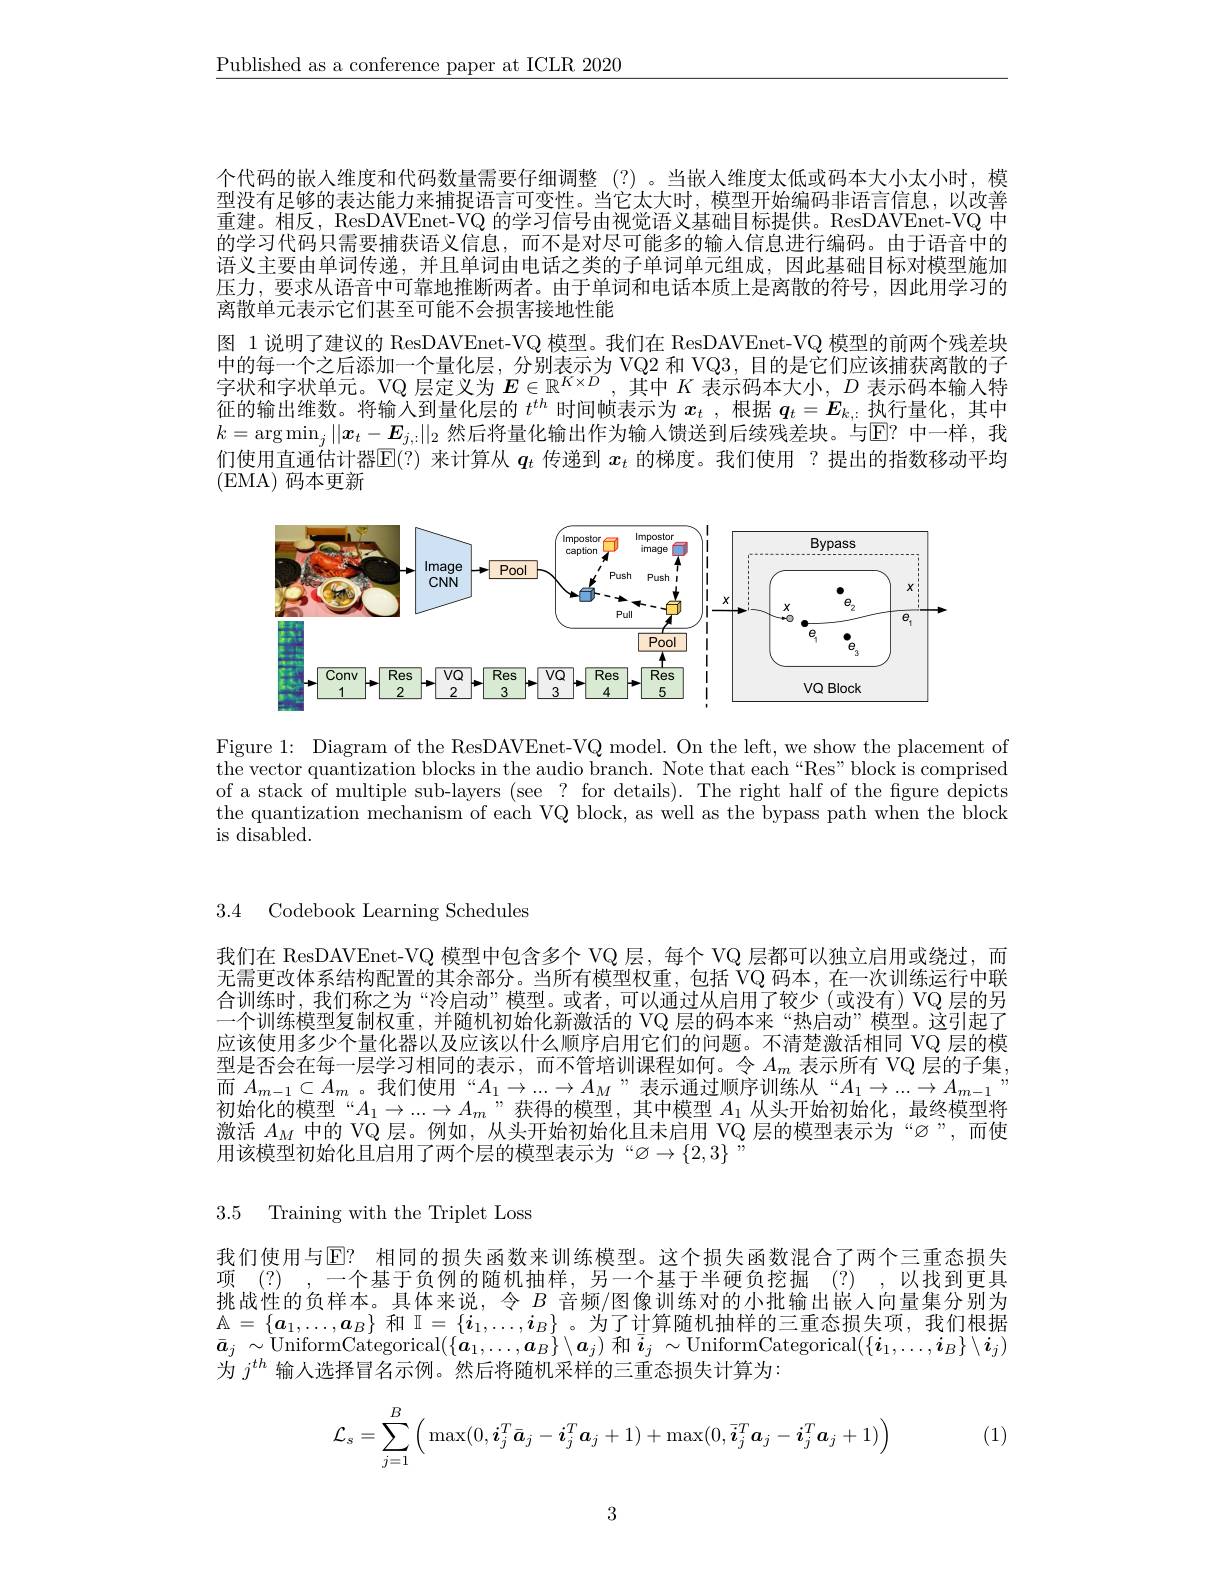
$\underline{\text{Published as a conference paper at ICLR 2020}}$

个代码的嵌人维度和代码数量需要仔细调整(?)。当嵌人维度太低或码本大小太小时，模型没有足够的表达能力来捕捉语言可变性。当它太大时，模型开始编码非语言信息，以改善重建。相反，ResDAVEnet-VQ 的学习信号由视觉语义基础目标提供。ResDAVEnet-VQ 中的学习代码只需要捕获语义信息，而不是对尽可能多的输入信息进行编码。由于语音中的语义主要由单词传递，并且单词由电话之类的子单词单元组成，因此基础目标对模型施加压力，要求从语音中可靠地推断两者。由于单词和电话本质上是离散的符号，因此用学习的离散单元表示它们甚至可能不会损害接地性能
图 1 说明了建议的 ResDAVEnet-VQ 模型。我们在 ResDAVEnet-VQ 模型的前两个残差块中的每一个之后添加一个量化层，分别表示为 VQ2 和 VQ3, 目的是它们应该捕获离散的子字状和字状单元。VQ 层定义为$E\in\mathbb{R}^{K\times D}$,其中$K$表示码本大小，$D$表示码本输入特征的输出维数。将输入到量化层的$t^{th}$时间帧表示为$x_t$ ,根据$q_t=E_{k,.}$执行量化，其中$k=\arg\min_j||\boldsymbol{x}_t-\boldsymbol{E}_{j,:}||_2$ 然后将量化输出作为输入馈送到后续残差块。与$\overline{\mathrm{E?}}$ 中一样，我们使用直通估计器$\mathbb{E}(?)$来计算从$q_t$传递到$x_t$的梯度。我们使用 ?提出的指数移动平均(EMA) 码本更新

<FigureHere>

Figure 1: Diagram of the ResDAVEnet-VQ model. On the left, we show the placement of the vector quantization blocks in the audio branch. Note that each “Res”block is comprised of a stack of multiple sub-layers (see ? for details). The right half of the fgure depicts the quantization mechanism of each VQ block, as well as the bypass path when the block is disabled.

3.4 Codebook Learning Schedules

我们在 ResDAVEnet-VQ 模型中包含多个 VQ 层，每个 VQ 层都可以独立启用或绕过，而无需更改体系结构配置的其余部分。当所有模型权重，包括 VQ 码本，在一次训练运行中联合训练时，我们称之为“冷启动”模型。或者，可以通过从启用了较少(或没有)VQ 层的另一个训练模型复制权重，并随机初始化新激活的 VQ 层的码本来“热启动”模型。这引起了应该使用多少个量化器以及应该以什么顺序启用它们的问题。不清楚激活相同 VQ 层的模型是否会在每一层学习相同的表示，而不管培训课程如何。令$A_m$表示所有 VQ 层的子集， 而$A_{m-1}\subset A_m$。我们使用“$A_1\to...\to A_M$”表示通过顺序训练从“$A_1\to...\to A_{m-1}$ 初始化的模型“$A_1\to...\to A_m$”获得的模型，其中模型$A_1$从头开始初始化，最终模型将激活 $A_M$ 中的 VQ 层。例如，从头开始初始化且未启用 VQ 层的模型表示为“$\varnothing”$,而使用该模型初始化且启用了两个层的模型表示为“$\varnothing\to\{2,3\}$

3.5 Training with the Triplet Loss

我们使用与$\overline {\mathbb{E} }?$ 相同的损失函数来训练模型。这个损失函数混合了两个三重态损失项 (?) ,一个基于负例的随机抽样，另一个基于半硬负挖掘 (?) ,以找到更具挑战性的负样本。具体来说，令$B$音频/图像训练对的小批输出嵌人向量集分别为$\mathbb{A}=\{a_1,\ldots,a_B\}$ 和$\mathbb{I}=\{i_1,\ldots,i_B\}$。为了计算随机抽样的三重态损失项，我们根据$\bar{\boldsymbol{a}}_j\sim\tilde{\text{UniformCategorical}}(\{\tilde{\boldsymbol{a}}_1,\ldots,\boldsymbol{a}_B\}\setminus\boldsymbol{a}_j)$ 和$\bar{\boldsymbol{i}}_j\sim$UniformCategorical$(\{\boldsymbol{i}_1,\ldots,\boldsymbol{i}_B\}\setminus\boldsymbol{i}_j)$ 为$j^{th}$输入选择冒名示例。然后将随机采样的三重态损失计算为：

(1)
$$\mathcal{L}_{s}=\sum\limits_{j=1}^{B}\Big(\max(0,\boldsymbol{i}_{j}^{T}\bar{\boldsymbol{a}}_{j}-\boldsymbol{i}_{j}^{T}\boldsymbol{a}_{j}+1)+\max(0,\bar{\boldsymbol{i}}_{j}^{T}\boldsymbol{a}_{j}-\boldsymbol{i}_{j}^{T}\boldsymbol{a}_{j}+1)\Big)$$
3